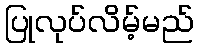
ပြုလုပ်လိမ့်မည်